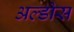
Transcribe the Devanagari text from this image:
अल्डोस